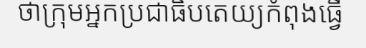
ថាក្រុមអ្នកប្រជាធិបតេយ្យកំពុងធ្វើ